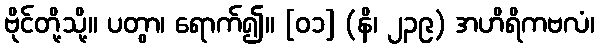
ဗိုင်တို့သို့။ ပတွာ၊ ရောက်၍။ [၀၁] (နိ၊ ၂၃၉) အဟိရိကဗလံ၊